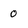
Character: o